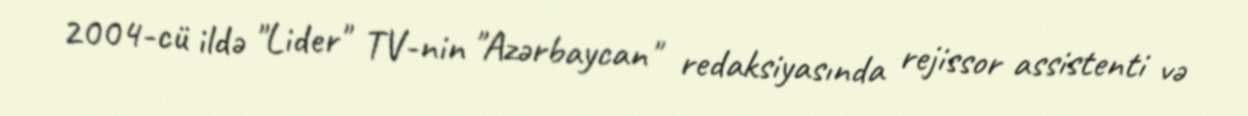
2004-cü ildə "Lider" TV-nin "Azərbaycan" redaksiyasında rejissor assistenti və